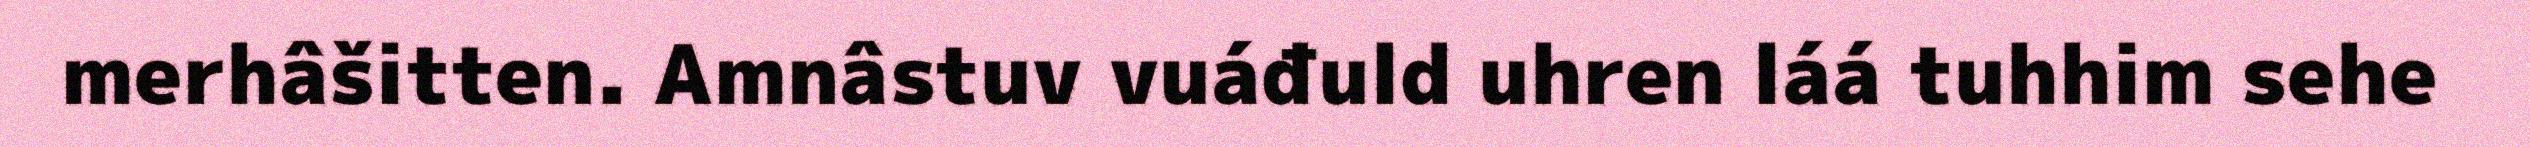
merhâšitten. Amnâstuv vuáđuld uhren láá tuhhim sehe